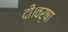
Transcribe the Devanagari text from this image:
दी।वर्षा